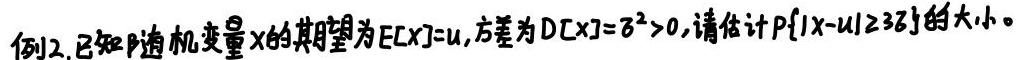
例2. 已知随机变量$X$的期望为$E[X]=\mu$, 方差为$D[X]=\sigma^{2}>0$, 请估计$P\{|X - \mu|\geq 3\sigma\}$的大小。